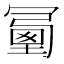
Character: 𠖜